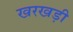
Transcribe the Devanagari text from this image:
खरखड़ी